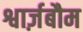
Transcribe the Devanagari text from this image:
श्वार्ज़बौम